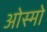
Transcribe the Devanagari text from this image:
ओस्मो